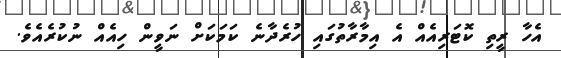
އެހާ ރީތި ކޮޓަރިއެއް އެ އިމާރާތުގައި ހުރެދާނެ ކަމަކަށް ނަވީން ހިއެއް ނުކުރެއެވެ.